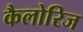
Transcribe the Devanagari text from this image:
कैलोरिज